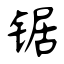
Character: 锯